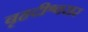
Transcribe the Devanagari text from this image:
बृहदीश्वरार